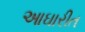
આઘારીત